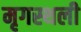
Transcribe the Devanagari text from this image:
मृगस्थली